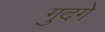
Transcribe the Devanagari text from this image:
गुदगे